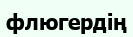
флюгердің